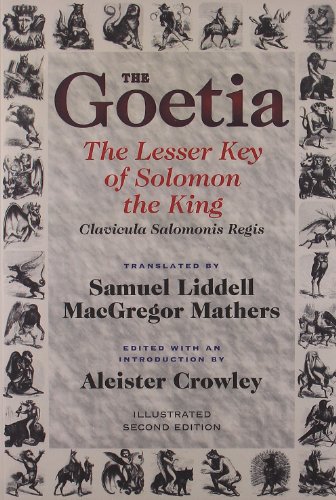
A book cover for The Goetia: The Lesser Key of Solomon the King: Lemegeton - Clavicula Salomonis Regis, Book 1; Religion & Spirituality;